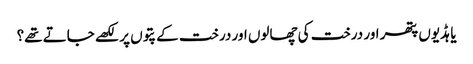
یا ہڈیوں پتھر اور درخت کی چھالوں اور درخت کے پتوں پر لکھے جاتے تھے؟